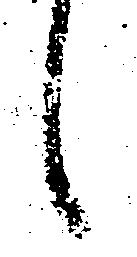
候